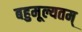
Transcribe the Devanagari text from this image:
बहुमूल्यतम्